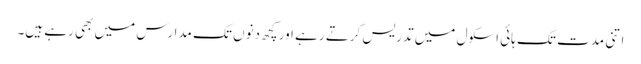
اتنی مدت تک ہائی اسکول میں تدریس کرتے رہے اور کچھ دنوں تک مدارس میں بھی رہے ہیں۔